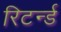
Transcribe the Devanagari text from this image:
रिटर्न्ड